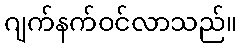
ဂျက်နက်ဝင်လာသည်။